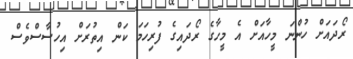
ރޯދައަށް ހުންނަ މީހާއަށް އެ މީހާގެ ރޯދައިގެ ފުރިހަމަ ކަން އިތުރަށް އިހުސާސްވެސް